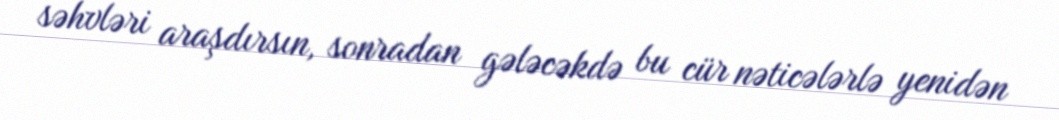
səhvləri araşdırsın, sonradan gələcəkdə bu cür nəticələrlə yenidən